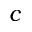
c